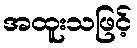
အထူးသဖြင့်